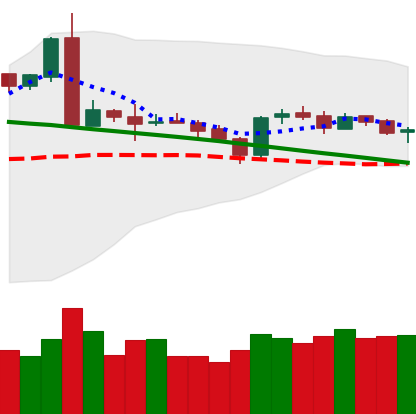
Ticker: ETH-USD
Chart end date: 2019-03-12
Forward return: 4.134%
Label: up_3_5